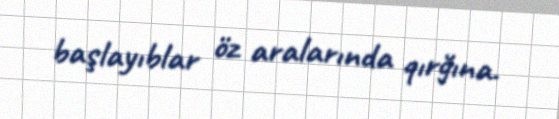
başlayıblar öz aralarında qırğına.